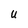
Character: U